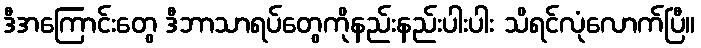
ဒီအကြောင်းတွေ ဒီဘာသာရပ်တွေကိုနည်းနည်းပါးပါး သိရင်လုံလောက်ပြီ။